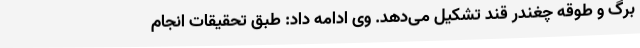
برگ و طوقه چغندر قند تشکیل می‌دهد. وی ادامه داد: طبق تحقیقات انجام